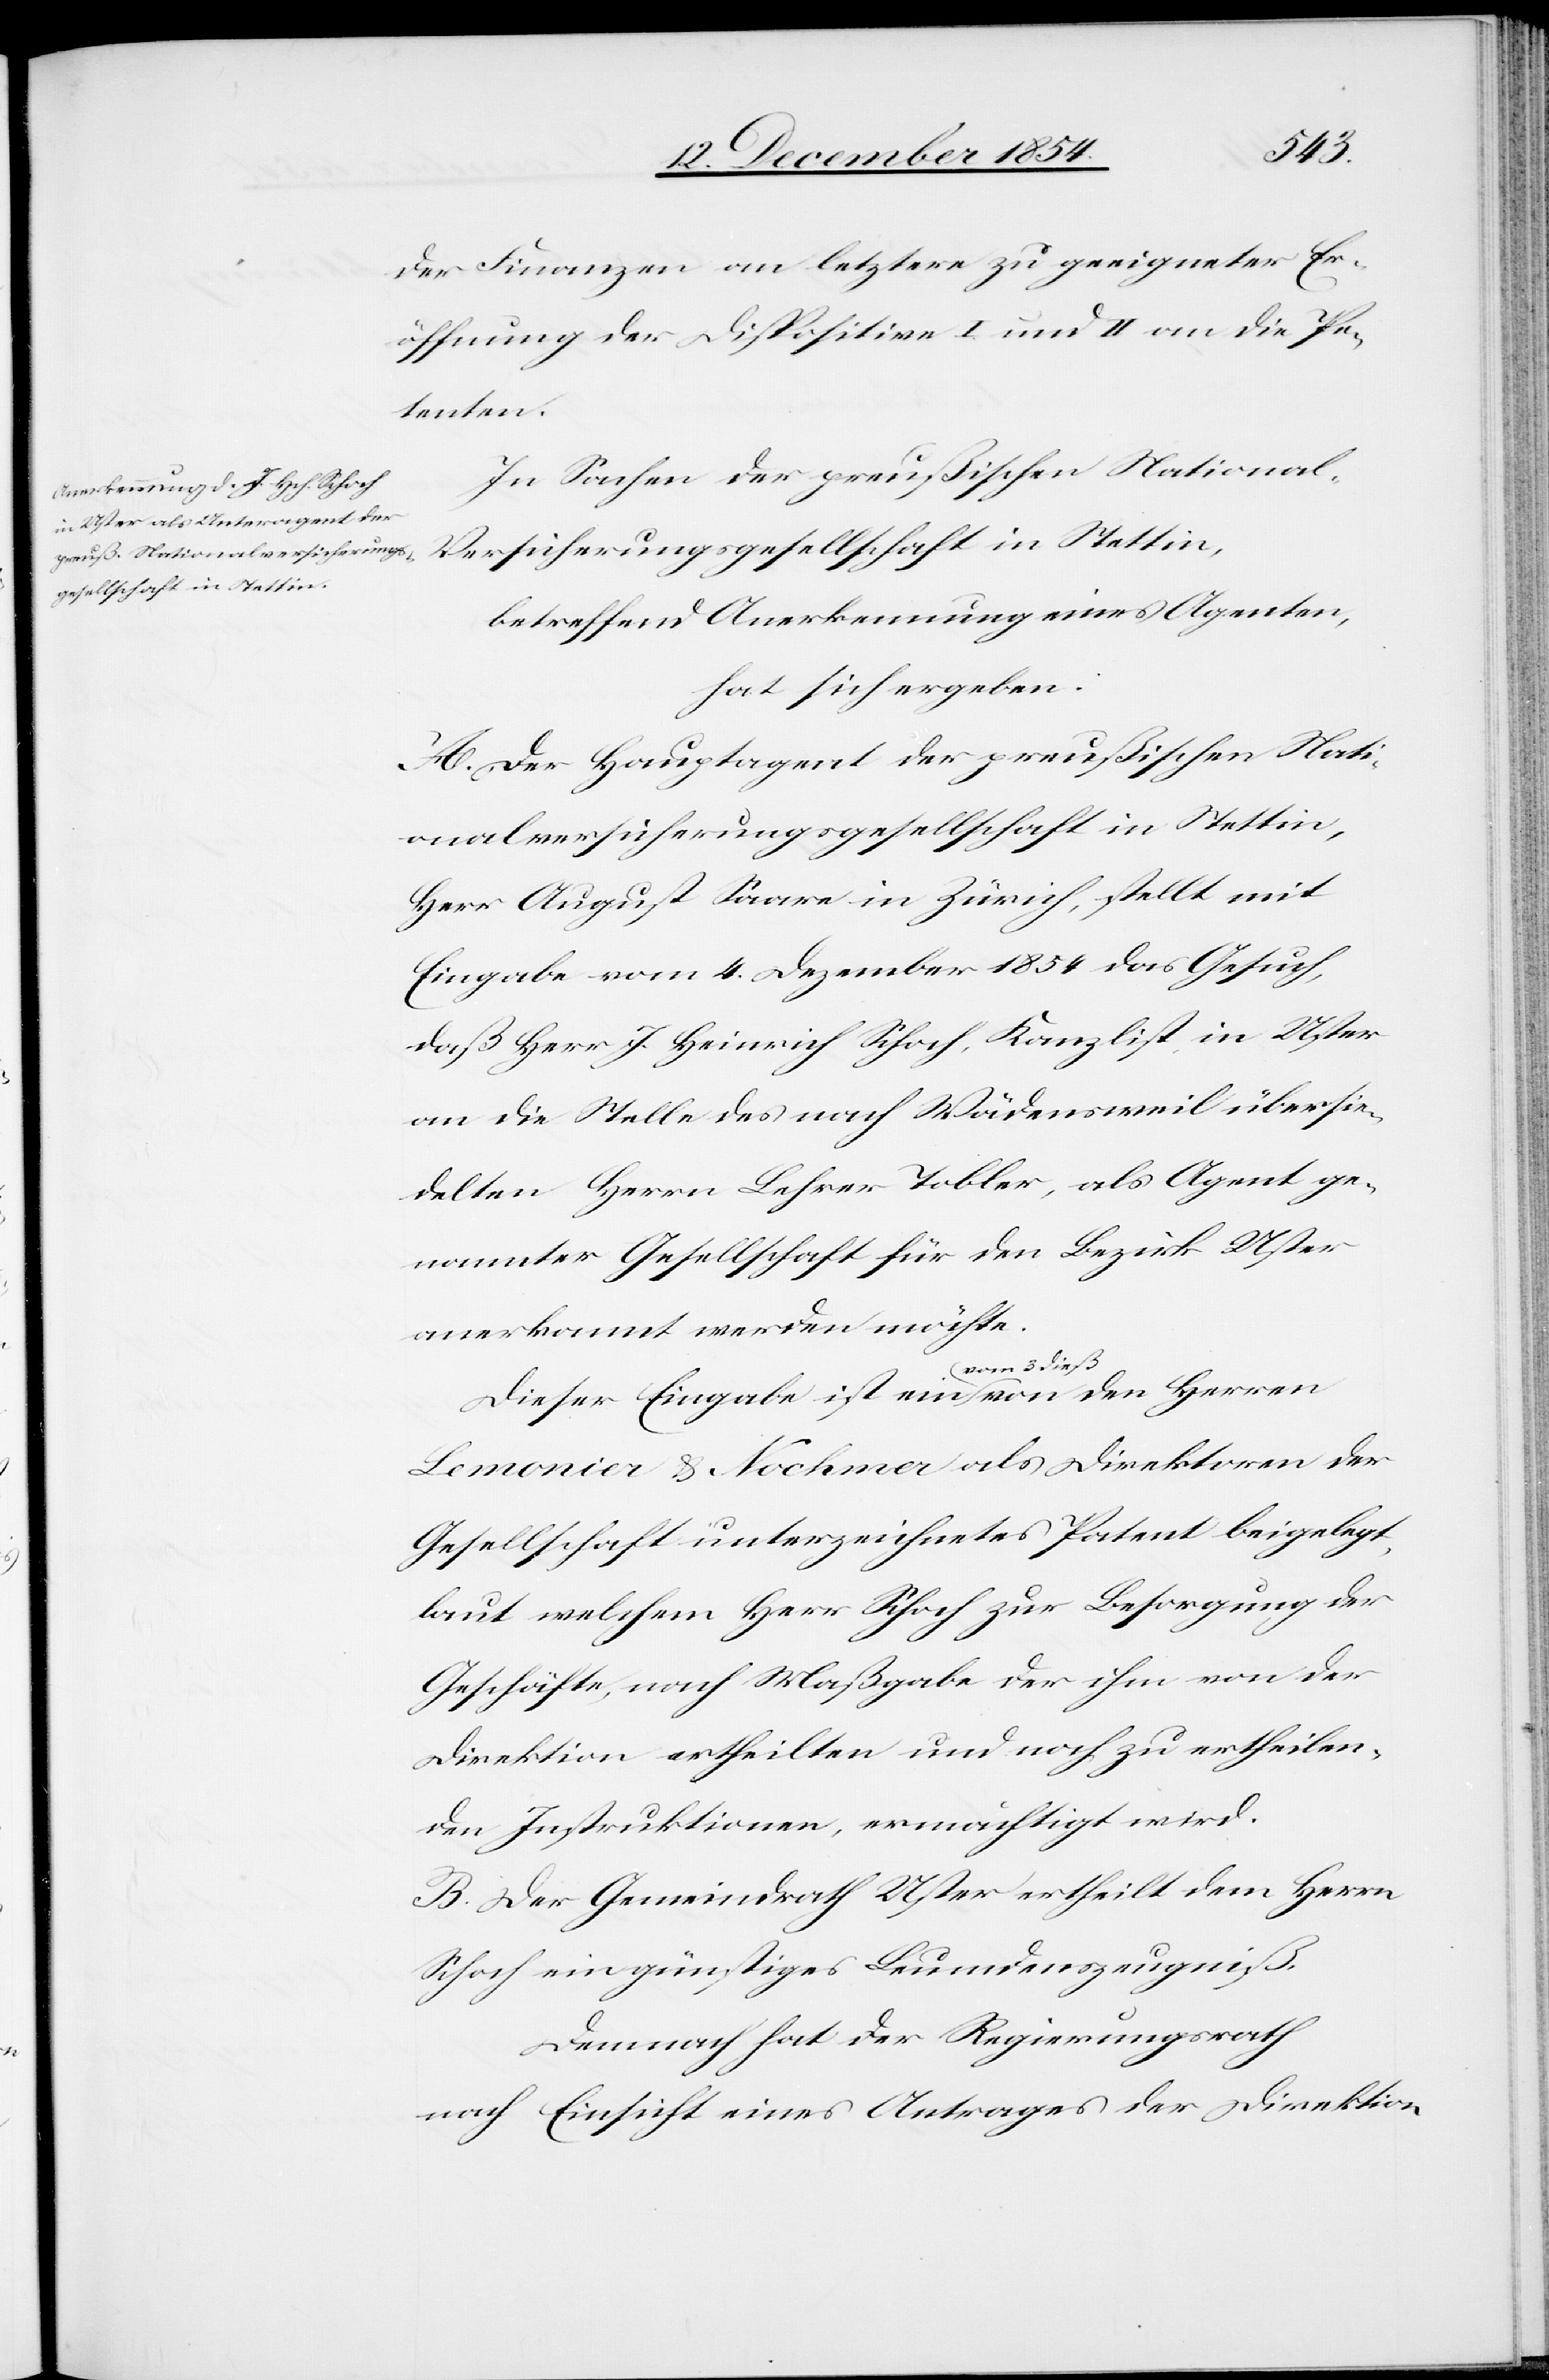
der Finanzen an letztere zu geeigneter Er¬
öffnung der Dispositive I und II an die Pe¬
tenten.
In Sachen der preußischen National¬
versicherungsgesellschaft in Stettin,
betreffend Anerkennung eines Agenten,
hat sich ergeben:
A. Der Hautagent der preußischen Nati¬
onalversicherungsgesellschaft in Stettin,
Herr August Saare in Zürich, stellt mit
Eingabe vom 4. Dezember 1854 das Gesuch,
daß Herr J. Heinrich Schoch, Kanzlist, in Uster
an die Stelle des nach Wädenswil übersie¬
delten Herrn Lehrer Tobel, als Agent ge¬
nannter Gesellschaft für den Bezirk Uster
anerkannt werden möchte.
Dieser Eingabe ist ein a-vom 3. dieß-a
Lemonier & Nochmer als Direktoren der
Gesellschaft unterzeichnetes Patent beigelegt,
laut welchem Herr Schoch zur Besorgung der
Geschäfte, nach Maßgabe der ihm von der
Direktion ertheilten und noch zu ertheilen¬
den Instruktionen, ermächtigt wird.
B. Der Gemeindrath Uster ertheilt dem Herrn
Schoch ein günstiges Leumdenszeugniß.
Demnach hat der Regierungsrath
nach Einsicht eines Antrages der Direktion